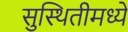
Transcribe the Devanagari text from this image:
सुस्थितीमध्ये